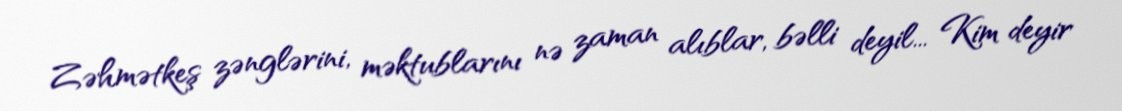
Zəhmətkeş zənglərini, məktublarını nə zaman alıblar, bəlli deyil... Kim deyir